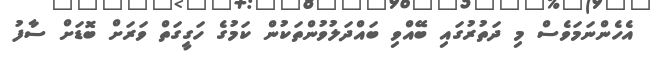
އެހެންނަމަވެސް މި ދަތުރުގައި ބޭއްވި ބައްދަލުވުންތަކުން ކަމުގެ ހަގީގަތް ވަރަށް ބޮޑަށް ސާފު